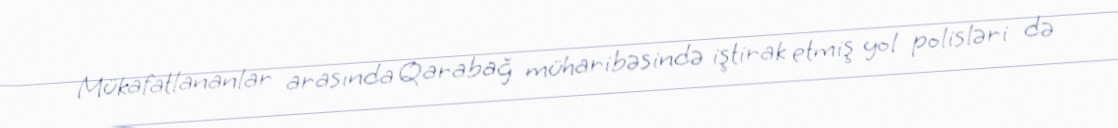
Mükafatlananlar arasında Qarabağ müharibəsində iştirak etmiş yol polisləri də